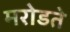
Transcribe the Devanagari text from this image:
मरोडते